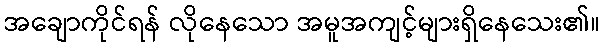
အချောကိုင်ရန် လိုနေသော အမူအကျင့်များရှိနေသေး၏။